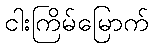
ငါးကြိမ်မြောက်